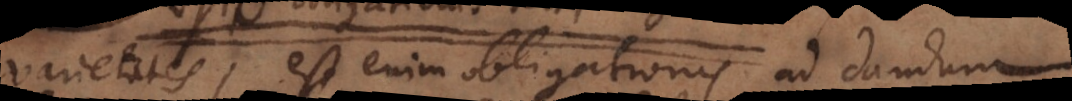
varietates, est enim obligationis ad dandum